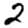
Digit: 2